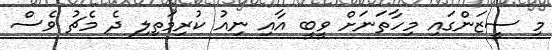
މި ސީޒަންގައި މިހާތަނަށް ވީބީ އާއި ނިއު ކުރިމަތިލި ދެ މެޗު ވެސް